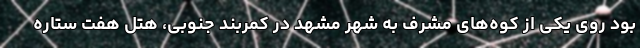
بود روی یکی از کوه‌های مشرف به شهر مشهد در کمربند جنوبی، هتل هفت ستاره